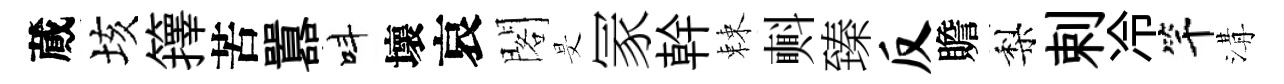
蕆垓籜苦囂呌壞哀閣旻冡幹棘㪺臻反贍梨剌冷竿溝